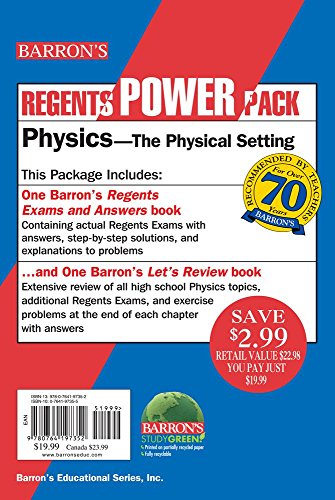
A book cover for Physics - The Physical Setting Power Pack (Regents Power Packs); Miriam A. Lazar M.S.; Test Preparation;